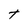
Character: t